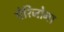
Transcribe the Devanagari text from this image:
ऐरिजोना